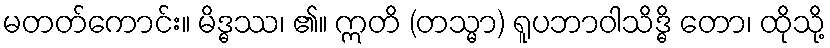
မတတ်ကောင်း။ မိဒ္ဓဿ၊ ၏။ ဣတိ (တသ္မာ) ရူပဘာဝါသိဒ္ဓိ တော၊ ထိုသို့